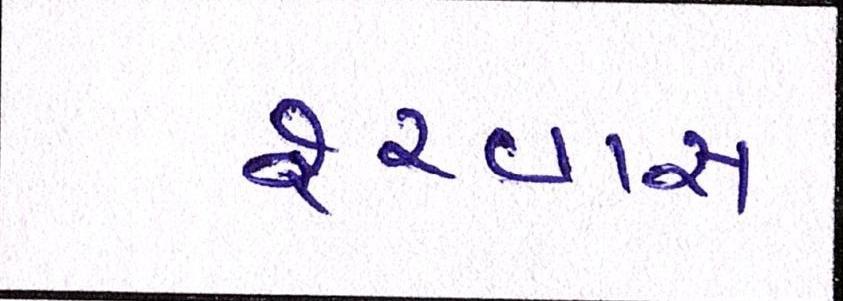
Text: શ્ર્વાસ